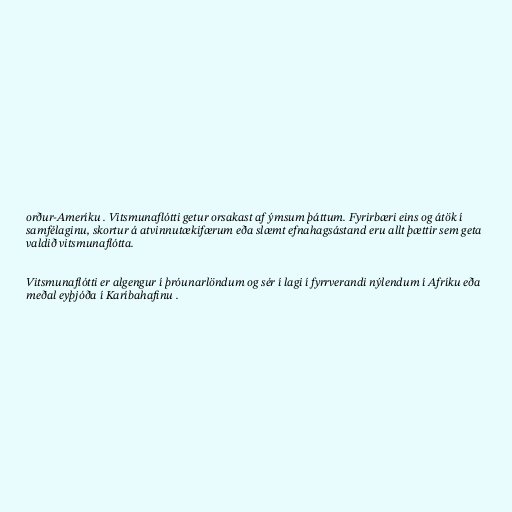
orður-Ameríku . Vitsmunaflótti getur orsakast af ýmsum þáttum. Fyrirbæri eins og átök í
samfélaginu, skortur á atvinnutækifærum eða slæmt efnahagsástand eru allt þættir sem geta
valdið vitsmunaflótta.

Vitsmunaflótti er algengur í þróunarlöndum og sér í lagi í fyrrverandi nýlendum í Afríku eða
meðal eyþjóða í Karíbahafinu .